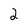
Character: 2